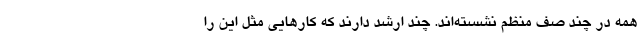
همه در چند صف منظم نشسته‌اند. چند ارشد دارند که کارهایی مثل این را